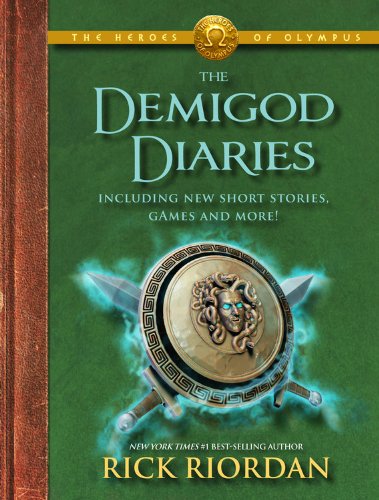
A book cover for The Demigod Diaries (The Heroes of Olympus); Rick Riordan; Children's Books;